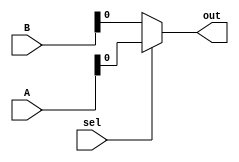
module mux2_1
#(parameter N = 8)
(
	input wire [N-1:0] A,
	input wire [N-1:0] B,
	input wire sel,
	output wire out
);
assign out = (sel==1) ? A : B;
endmodule